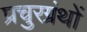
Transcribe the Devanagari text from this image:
प्रचुरग्रंथों